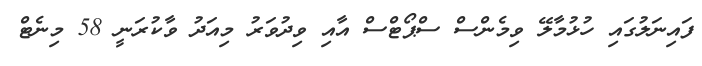
ފައިނަލުގައި ހުޅުމާލޭ ވިމެންސް ސްޕޯޓްސް އާއި ވިދުވަރު މިއަދު ވާކުރަނީ 58 މިނެޓް